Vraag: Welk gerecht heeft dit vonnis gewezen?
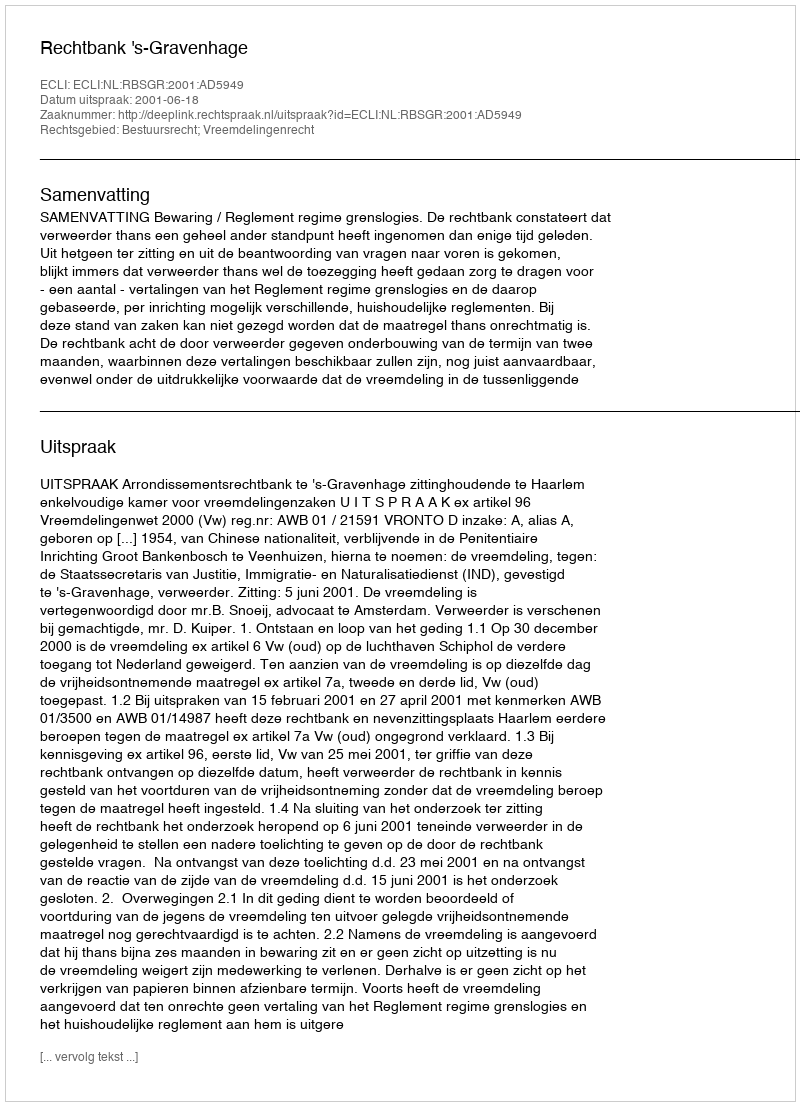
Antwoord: Rechtbank 's-Gravenhage